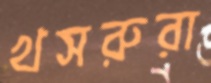
খসরুরা